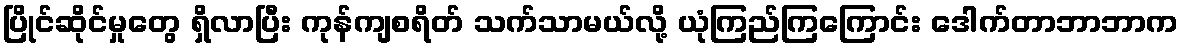
ပြိုင်ဆိုင်မှုတွေ ရှိလာပြီး ကုန်ကျစရိတ် သက်သာမယ်လို့ ယုံကြည်ကြကြောင်း ဒေါက်တာဘာဘာက